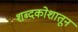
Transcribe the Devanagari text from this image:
शब्दकोशातून